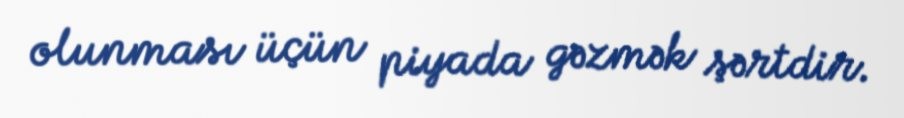
olunması üçün piyada gəzmək şərtdir.